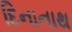
દિનાનાથ